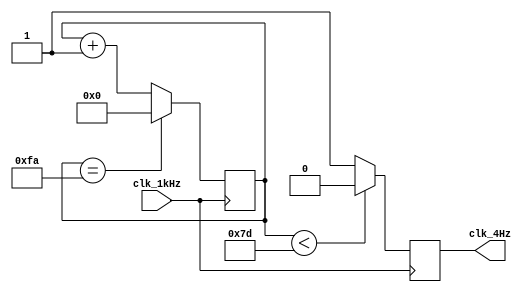
/**
 * divide_4Hz
 * (4Hz)
 */
module divide_4Hz(
	input clk_1kHz,			// 
	output reg clk_4Hz		// 
);

reg [7:0]cnt;

always @(posedge clk_1kHz)begin
	if(cnt == 8'd250)
		cnt <= 8'd0;
	else
		cnt <= cnt+1;
	
	if(cnt < 8'd125)
		clk_4Hz <= 0;
	else
		clk_4Hz <= 1;
end

endmodule